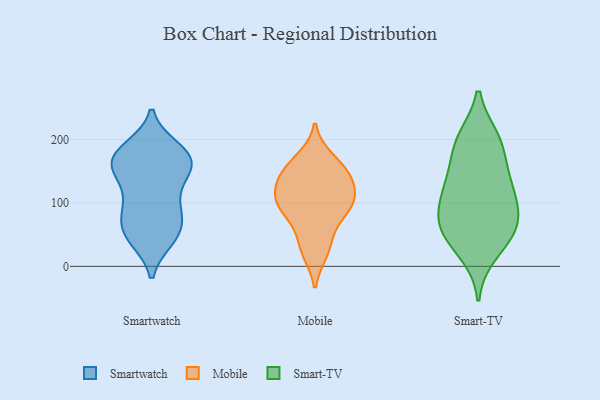
{"axis": {"x": "Headcount", "y": "Value"}, "legend": ["Mobile", "Smart-TV", "Smartwatch"], "data": [{"x": "", "y": 97, "type": "Smartwatch"}, {"x": "", "y": 54, "type": "Smartwatch"}, {"x": "", "y": 169, "type": "Smartwatch"}, {"x": "", "y": 43, "type": "Smartwatch"}, {"x": "", "y": 167, "type": "Smartwatch"}, {"x": "", "y": 133, "type": "Smartwatch"}, {"x": "", "y": 160, "type": "Smartwatch"}, {"x": "", "y": 185, "type": "Smartwatch"}, {"x": "", "y": 84, "type": "Smartwatch"}, {"x": "", "y": 178, "type": "Smartwatch"}, {"x": "", "y": 44, "type": "Smartwatch"}, {"x": "", "y": 149, "type": "Smartwatch"}, {"x": "", "y": 157, "type": "Smartwatch"}, {"x": "", "y": 174, "type": "Smartwatch"}, {"x": "", "y": 186, "type": "Smartwatch"}, {"x": "", "y": 45, "type": "Smartwatch"}, {"x": "", "y": 97, "type": "Smartwatch"}, {"x": "", "y": 81, "type": "Smartwatch"}, {"x": "", "y": 138, "type": "Smartwatch"}, {"x": "", "y": 67, "type": "Smartwatch"}, {"x": "", "y": 140, "type": "Mobile"}, {"x": "", "y": 169, "type": "Mobile"}, {"x": "", "y": 89, "type": "Mobile"}, {"x": "", "y": 151, "type": "Mobile"}, {"x": "", "y": 154, "type": "Mobile"}, {"x": "", "y": 66, "type": "Mobile"}, {"x": "", "y": 31, "type": "Mobile"}, {"x": "", "y": 23, "type": "Mobile"}, {"x": "", "y": 132, "type": "Mobile"}, {"x": "", "y": 113, "type": "Mobile"}, {"x": "", "y": 101, "type": "Mobile"}, {"x": "", "y": 101, "type": "Mobile"}, {"x": "", "y": 100, "type": "Mobile"}, {"x": "", "y": 121, "type": "Smart-TV"}, {"x": "", "y": 51, "type": "Smart-TV"}, {"x": "", "y": 104, "type": "Smart-TV"}, {"x": "", "y": 135, "type": "Smart-TV"}, {"x": "", "y": 142, "type": "Smart-TV"}, {"x": "", "y": 200, "type": "Smart-TV"}, {"x": "", "y": 192, "type": "Smart-TV"}, {"x": "", "y": 54, "type": "Smart-TV"}, {"x": "", "y": 71, "type": "Smart-TV"}, {"x": "", "y": 88, "type": "Smart-TV"}, {"x": "", "y": 196, "type": "Smart-TV"}, {"x": "", "y": 22, "type": "Smart-TV"}, {"x": "", "y": 61, "type": "Smart-TV"}]}